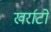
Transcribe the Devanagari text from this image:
खर्राटों